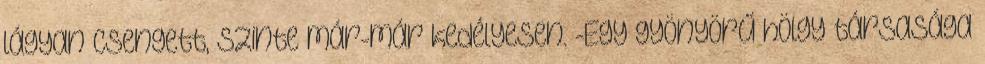
lágyan csengett, szinte már-már kedélyesen. -Egy gyönyörű hölgy társasága